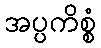
အပ္ပကိစ္စံ